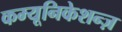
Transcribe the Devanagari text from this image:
कम्यूनिकेशन्ज़